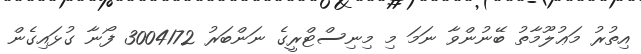
އިތުރު މަޢުލޫމާތު ބޭނުންވާ ނަމަ މި މިނިސްޓްރީގެ ނަންބަރު 3004172 ފޯނާ ގުޅައިގެން